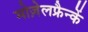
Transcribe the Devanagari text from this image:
मोज़ेलफ्रैन्कें